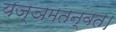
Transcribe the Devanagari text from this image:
यज्ञमतन्वत।